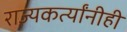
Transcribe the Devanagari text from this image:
राज्यकर्त्यांनीही